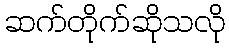
ဆက်တိုက်ဆိုသလို